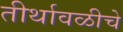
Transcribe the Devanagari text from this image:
तीर्थावळीचे